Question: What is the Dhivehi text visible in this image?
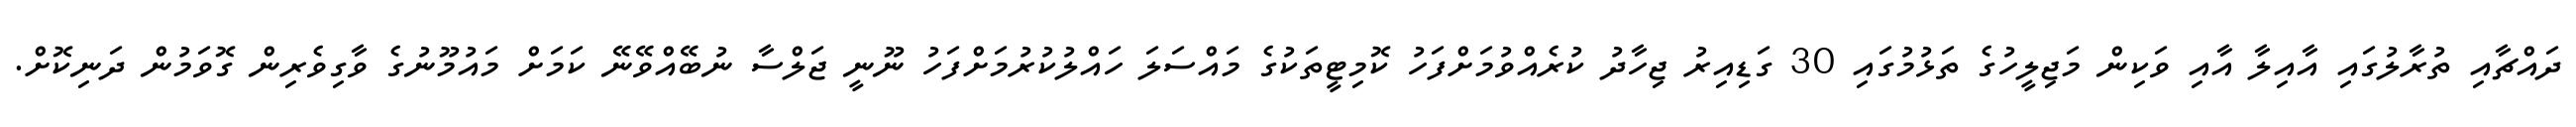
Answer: ދައްޗާއި ތުރާލުގައި އާއިލާ އާއި ވަކިން މަޖިލީހުގެ ތަޅުމުގައި 30 ގަޑިއިރު ޖިހާދު ކުރެއްވުމަށްފަހު ކޮމިޓީތަކުގެ މައްސަލަ ހައްލުކުރުމަށްފަހު ނޫނީ ޖަލްސާ ނުބޭއްވޭނޭ ކަމަށް މައުމޫނުގެ ވާގިވެރިން ގޮވަމުން ދަނިކޮށް.